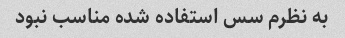
به نظرم سس استفاده شده مناسب نبود